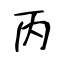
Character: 丙